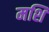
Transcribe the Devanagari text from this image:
मशि